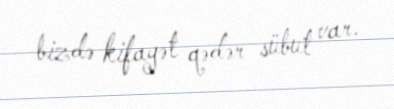
bizdə kifayət qədər sübut var.